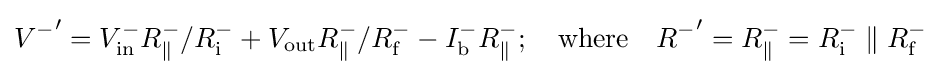
{V^{-}}'=V_{\text{in}}^{-}R_{\parallel }^{-}/R_{\text{i}}^{-}+V_{\text{out}}R_{\parallel }^{-}/R_{\text{f}}^{-}-I_{\text{b}}^{-}R_{\parallel }^{-};\quad {\text{where}}\quad {R^{-}}'=R_{\parallel }^{-}=R_{\text{i}}^{-}\parallel R_{\text{f}}^{-}